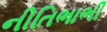
નીતિભાભી